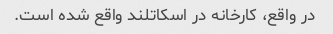
در واقع، کارخانه در اسکاتلند واقع شده است.